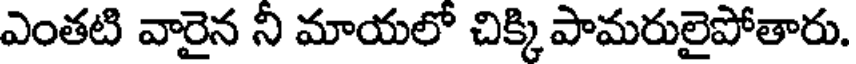
ఎంతటి వారైన నీ మాయలో చిక్కి పామరులైపోతారు.